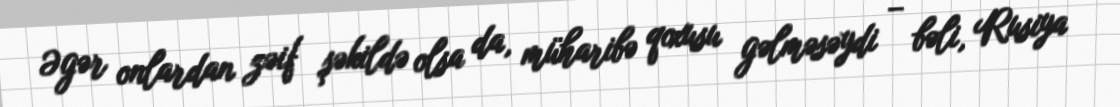
Əgər onlardan zəif şəkildə olsa da, müharibə qoxusu gəlməsəydi – bəli, Rusiya